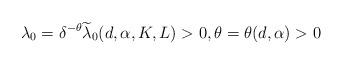
LaTeX: \begin{align*} \lambda_0 = \delta^{-\theta} \widetilde \lambda_0 (d, \alpha, K, L) > 0, \theta = \theta (d, \alpha) > 0\end{align*}